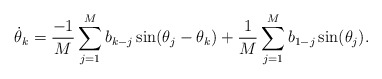
\begin{align*}\dot\theta_k = \frac{-1}M \sum_{j=1}^M b_{k-j} \sin(\theta_j-\theta_k)+\frac{1}M \sum_{j=1}^M b_{1-j} \sin(\theta_j).\end{align*}